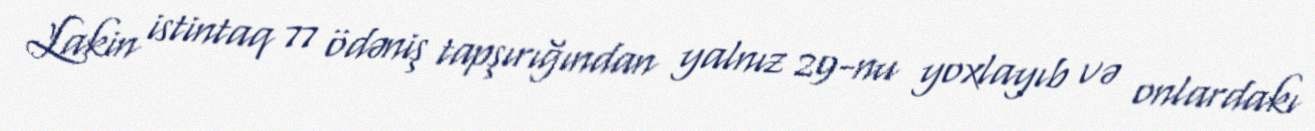
Lakin istintaq 77 ödəniş tapşırığından yalnız 29-nu yoxlayıb və onlardakı